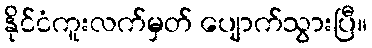
နိုင်ငံကူးလက်မှတ် ပျောက်သွားပြီ။